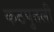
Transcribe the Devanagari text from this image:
कठपुतली